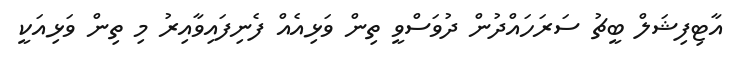
އާޓިފިޝަލް ބީޗު ސަރަަހައްދުން ދުވަސްވީ ތިން ވަޅިއެއް ފެނިފައިވާއިރު މި ތިން ވަޅިއަކީ